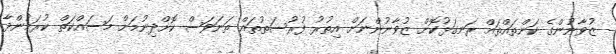
ޒުވާނުންގެ ކަންތައްތައް ރަނގަޅުކޮށް ޒުވާނުންނަށް އިތުރު ފުރުސަތުތައް ތަނަވަސް ކޮށްދިނުމަށް މަސައްކަތް ކުރަމުންދާ